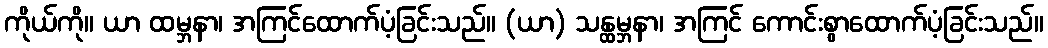
ကိုယ်ကို။ ယာ ထမ္ဘနာ၊ အကြင်ထောက်ပံ့ခြင်းသည်။ (ယာ) သန္ထမ္ဘနာ၊ အကြင် ကောင်းစွာထောက်ပံ့ခြင်းသည်။